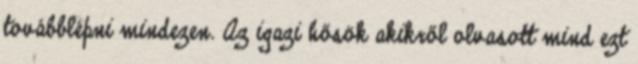
továbblépni mindezen. Az igazi hősök akikről olvasott mind ezt